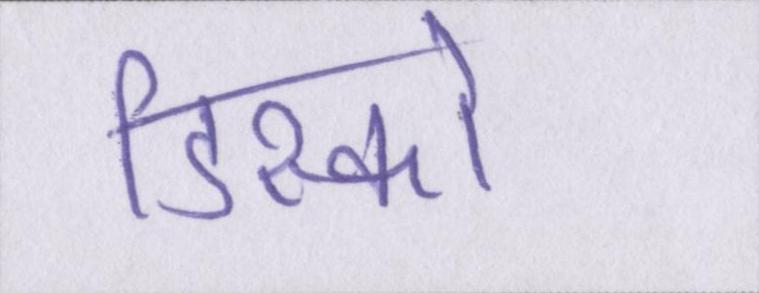
डिस्कों